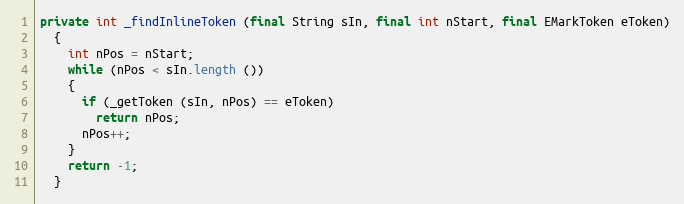
Language: Java
private int _findInlineToken (final String sIn, final int nStart, final EMarkToken eToken)
  {
    int nPos = nStart;
    while (nPos < sIn.length ())
    {
      if (_getToken (sIn, nPos) == eToken)
        return nPos;
      nPos++;
    }
    return -1;
  }